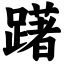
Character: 躇